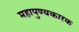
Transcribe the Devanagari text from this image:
महापुण्यकारक